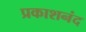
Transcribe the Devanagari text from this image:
प्रकाशनंद